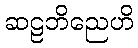
ဆဠဘိညေဟိ